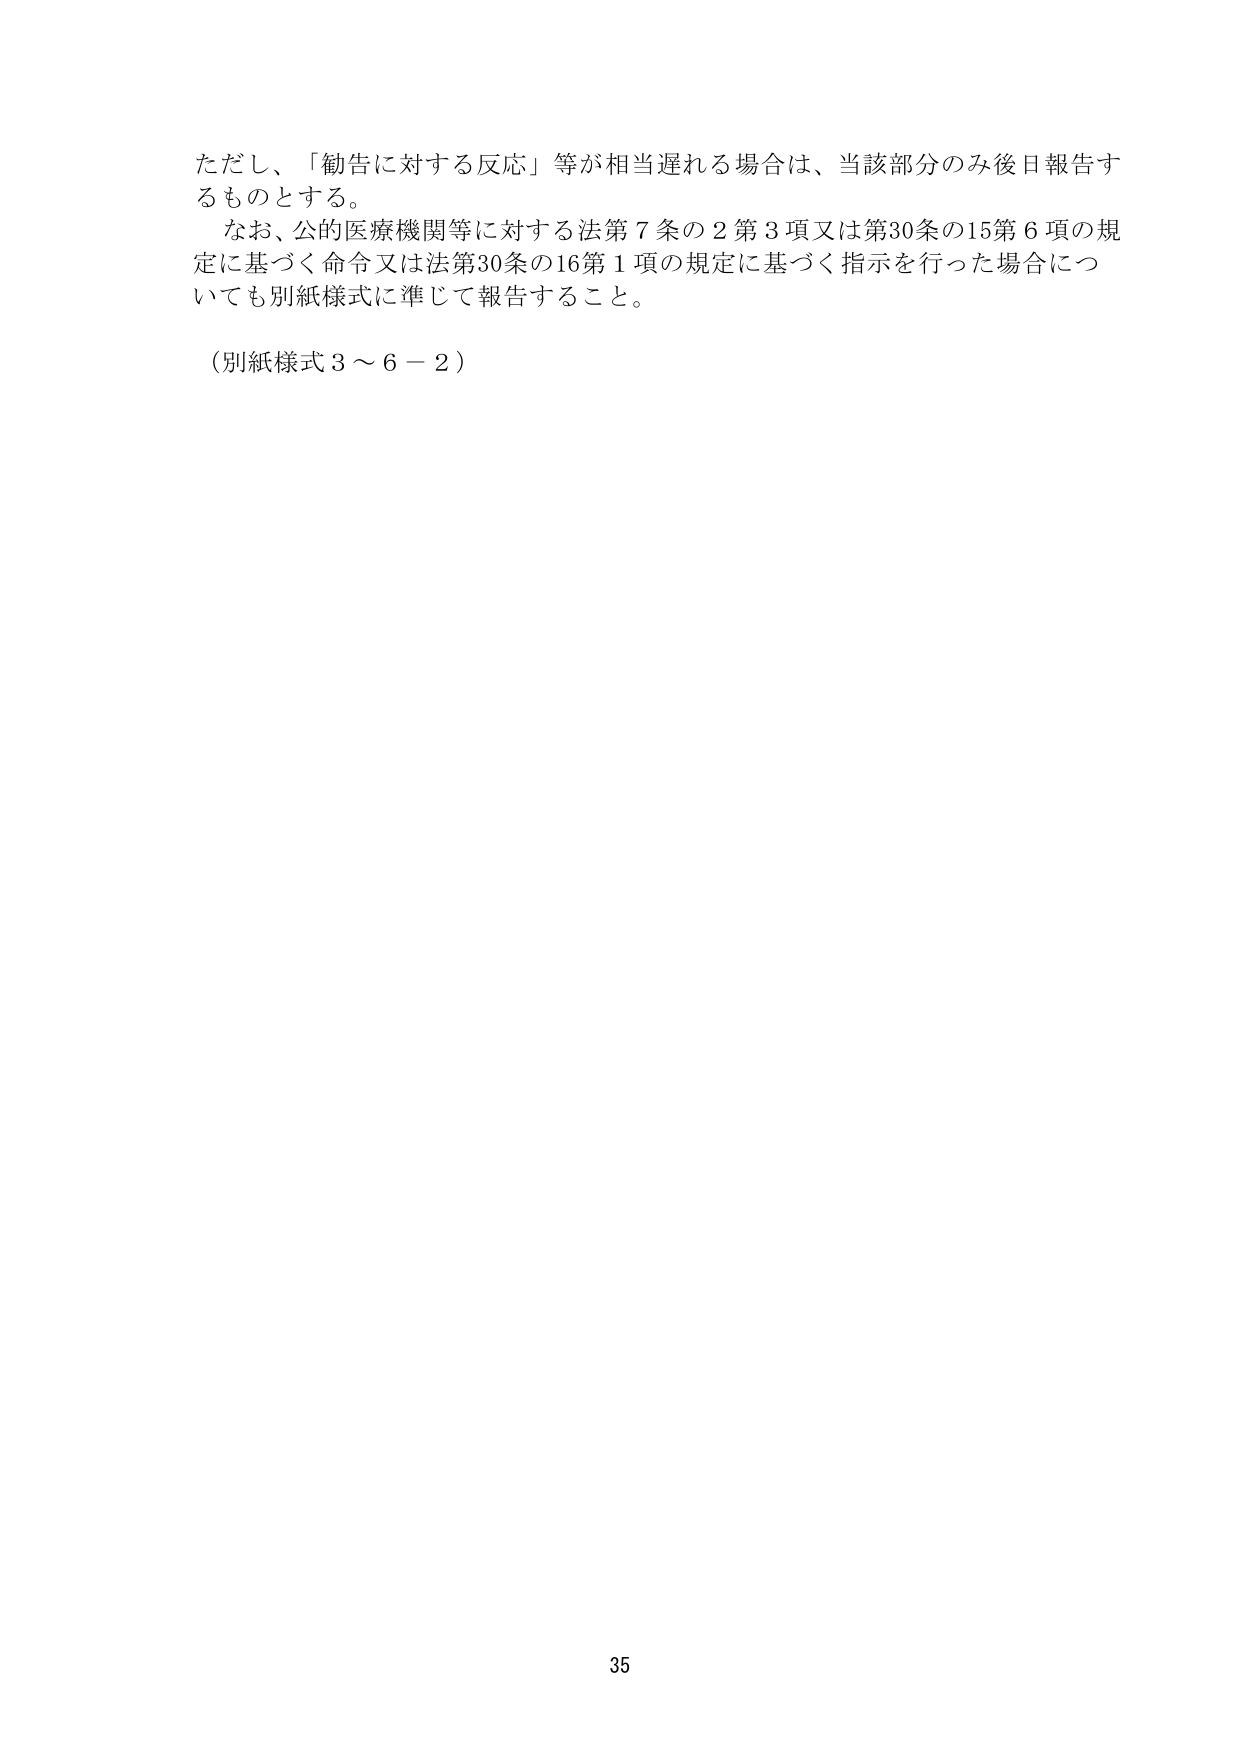
ただし、「勧告に対する反応」等が相当遅れる場合は、当該部分のみ後日報告するものとする。

なお、公的医療機関等に対する法第7条の2第3項又は第30条の15第6項の規定に基づく命令又は法第30条の16第1項の規定に基づく指示を行った場合についても別紙様式に準じて報告すること。

（別紙様式3～6－2）

35